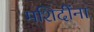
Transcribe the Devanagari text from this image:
मशिदींना